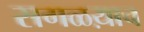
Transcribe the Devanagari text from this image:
सगळय़ाच